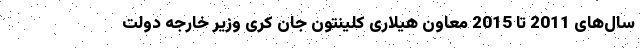
سال‌های 2011 تا 2015 معاون هیلاری کلینتون جان کری وزیر خارجه دولت